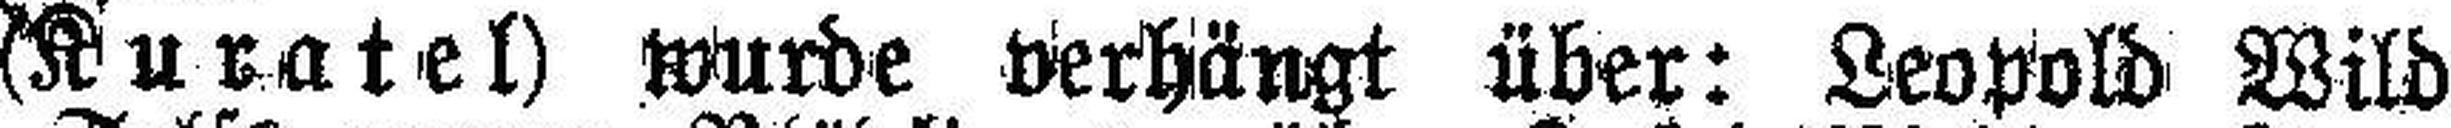
(Kuratel) wurde verhängt über: Leopold Wild